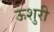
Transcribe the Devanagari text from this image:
ऊशुरी